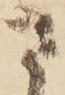
さ